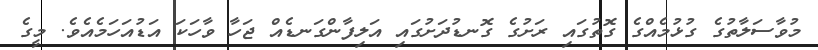
މުވާސަލާތުގެ ގުޅުމެއްގެ ގޮތުގައި ރަށުގެ ގޮނޑުދަށުގައި އަލިފާންގަނޑެއް ޖަހާ ވާހަކަ އަޑުއަހަމެއެވެ. މީގެ